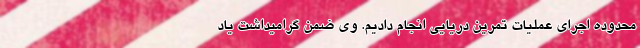
محدوده اجرای عملیات تمرین دریایی انجام دادیم. وی ضمن گرامیداشت یاد